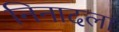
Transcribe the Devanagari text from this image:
निनादला